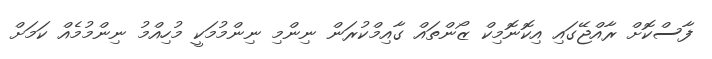
ފާސްކޮށް ރާއްޖޭގައި އިކޮނޮމިކް ޒޯންތައް ގާއިމްކުރަން ނިންމި ނިންމުމަކީ މުހިއްމު ނިންމުމެއް ކަމަށް